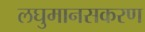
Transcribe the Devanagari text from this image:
लघुमानसकरण